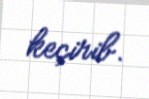
keçirib.